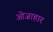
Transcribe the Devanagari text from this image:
ओजाहार